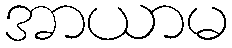
အာယာမ